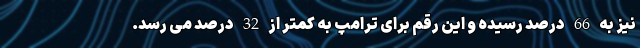
نیز به 66 درصد رسیده و این رقم برای ترامپ به کمتر از 32 درصد می رسد.